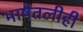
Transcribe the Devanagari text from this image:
भाषेतलीही